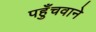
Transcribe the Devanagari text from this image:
पहुँचवाने